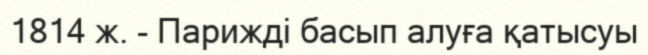
1814 ж. - Парижді басып алуға қатысуы